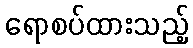
ရောစပ်ထားသည့်